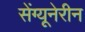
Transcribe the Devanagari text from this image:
सेंग्यूनेरीन